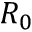
R _ { 0 }